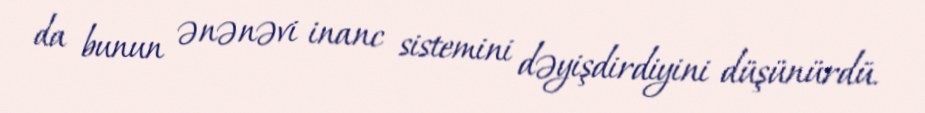
da bunun ənənəvi inanc sistemini dəyişdirdiyini düşünürdü.